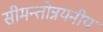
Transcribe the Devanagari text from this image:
सीमन्तोन्नयनीय